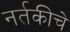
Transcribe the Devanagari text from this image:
नर्तकीचे